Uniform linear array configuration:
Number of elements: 48
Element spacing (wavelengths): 0.5
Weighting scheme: cosine
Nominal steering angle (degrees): -45
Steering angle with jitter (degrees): -46.804
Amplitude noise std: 0.05
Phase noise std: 0.05

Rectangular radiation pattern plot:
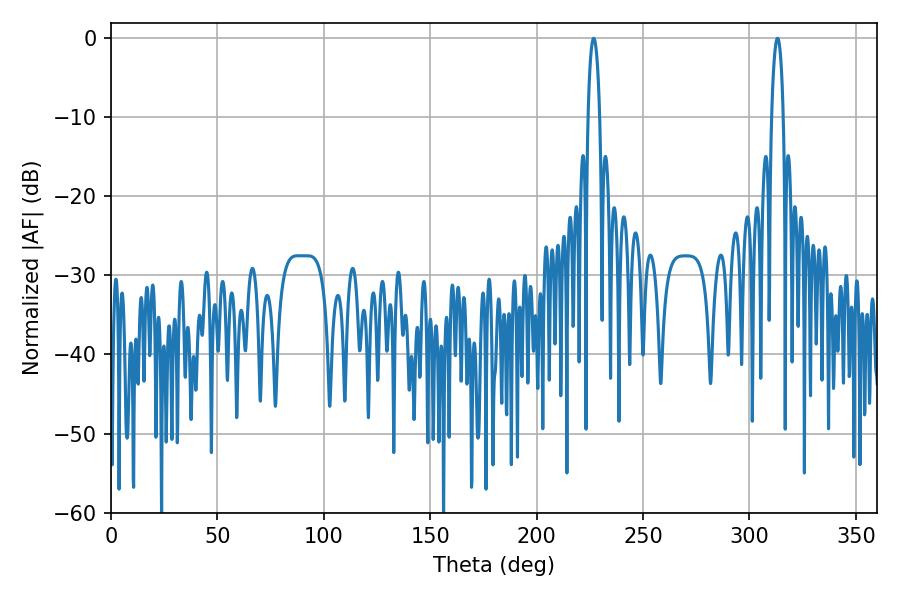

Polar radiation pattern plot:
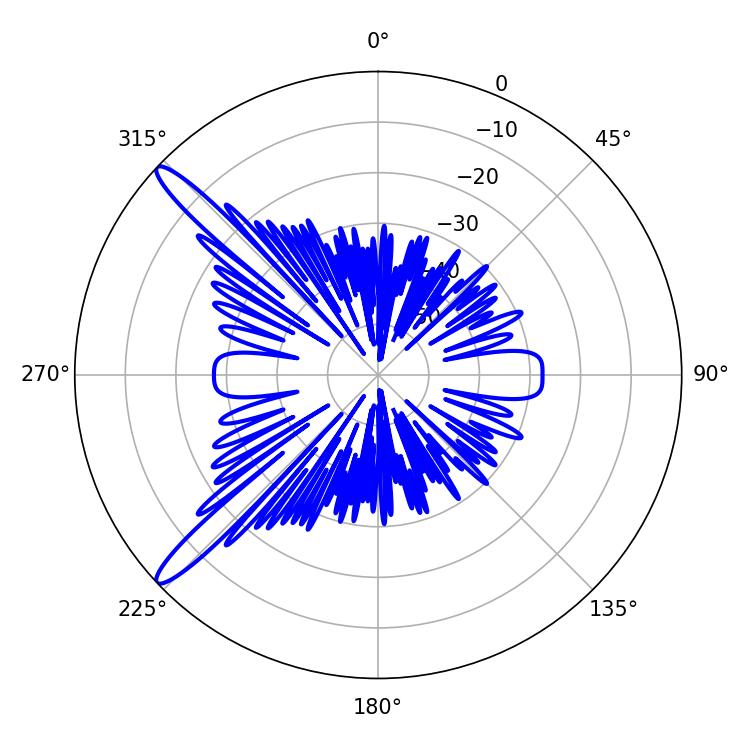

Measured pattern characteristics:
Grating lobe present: FALSE
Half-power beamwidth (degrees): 3.06
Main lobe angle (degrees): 226.8